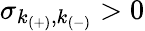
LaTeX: \sigma_{k_{(+)},k_{(-)}}>0